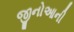
જીનોઆની